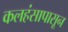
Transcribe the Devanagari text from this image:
कलहंसापासून